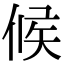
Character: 候